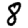
Digit: 8